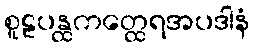
စူဠပန္ထကတ္ထေရအပဒါနံ